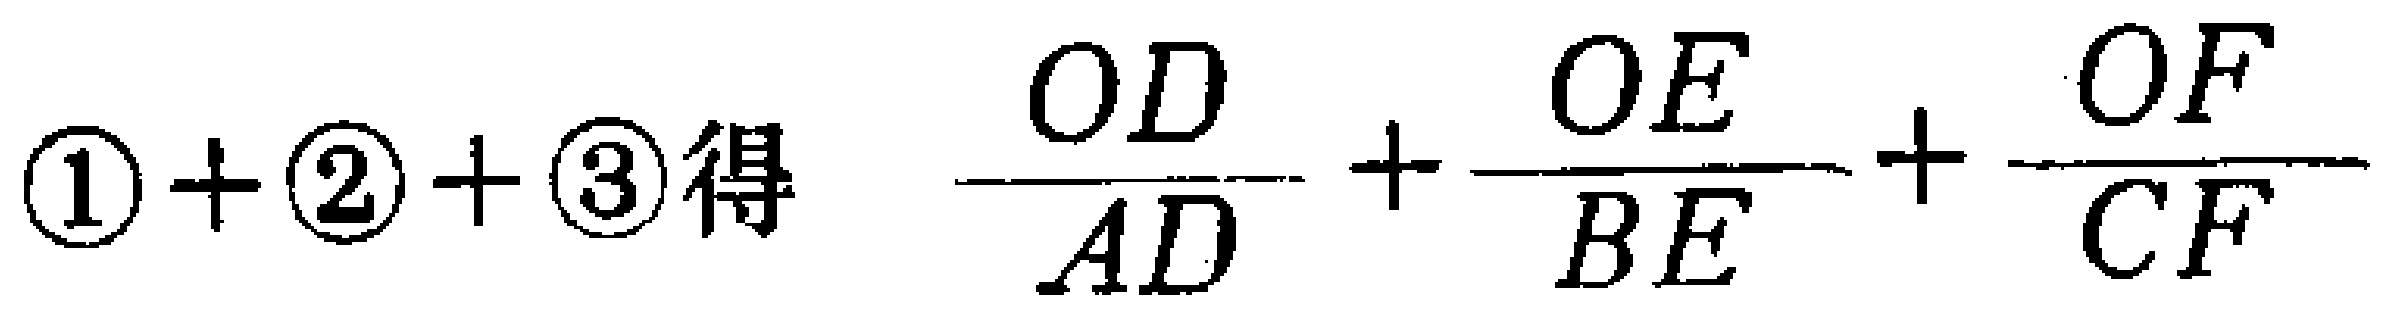
$\textcircled{1}+\textcircled{2}+\textcircled{3} 得\quad \dfrac{OD}{AD}+\dfrac{OE}{BE}+\dfrac{OF}{CF}$